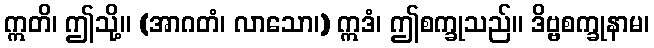
ဣတိ၊ ဤသို့။ (အာဂတံ၊ လာသော၊) ဣဒံ၊ ဤစက္ခုသည်။ ဒိဗ္ဗစက္ခုနာမ၊